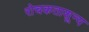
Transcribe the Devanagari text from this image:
रोचकताशून्य